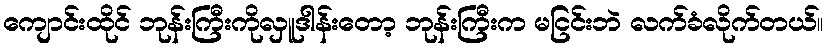
ကျောင်းထိုင် ဘုန်းကြီးကိုလှူဒါန်းတော့ ဘုန်းကြီးက မငြင်းဘဲ လက်ခံလိုက်တယ်။